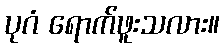
ပုဂံ ရောက်ဖူးသလား။